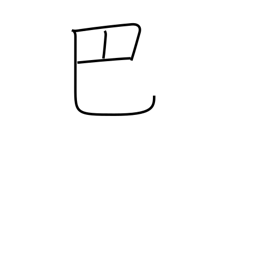
Meaning: comma-design